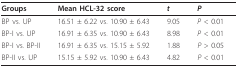
<table><thead><tr><td><b>Groups</b></td><td><b>Mean HCL-32 score</b></td><td><b><i>t</i></b></td><td><b><i>P</i></b></td></tr></thead><tbody><tr><td>BP vs. UP</td><td>16.51 ± 6.22 vs. 10.90 ± 6.43</td><td>9.05</td><td><i>P </i>&lt; 0.01</td></tr><tr><td>BP-I vs. UP</td><td>16.91 ± 6.35 vs. 10.90 ± 6.43</td><td>8.98</td><td><i>P </i>&lt; 0.01</td></tr><tr><td>BP-I vs. BP-II</td><td>16.91 ± 6.35 vs. 15.15 ± 5.92</td><td>1.88</td><td><i>P </i>&gt; 0.05</td></tr><tr><td>BP-II vs. UP</td><td>15.15 ± 5.92 vs. 10.90 ± 6.43</td><td>4.82</td><td><i>P </i>&lt; 0.01</td></tr></tbody></table>